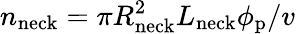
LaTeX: n_{\mathrm{neck}}=\pi R_{\mathrm{neck}}^{2}L_{\mathrm{neck}}\phi_{\mathrm{p}}/v